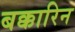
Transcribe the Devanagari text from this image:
बक्कारिन